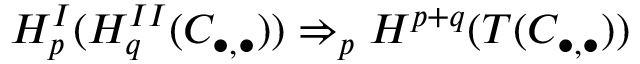
H _ { p } ^ { I } ( H _ { q } ^ { I I } ( C _ { \bullet , \bullet } ) ) \Rightarrow _ { p } H ^ { p + q } ( T ( C _ { \bullet , \bullet } ) )